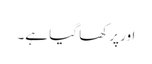
اور پرکھا گیا ہے۔